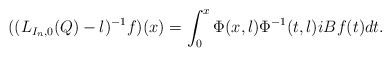
\begin{align*} ((L_{I_n,0}(Q) - \l)^{-1} f)(x) = \int_0^x \Phi(x,\l) \Phi^{-1}(t,\l) i B f(t) dt.\end{align*}